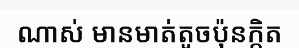
ណាស់ មានមាត់តូចប៉ុនក្តិត